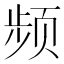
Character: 频